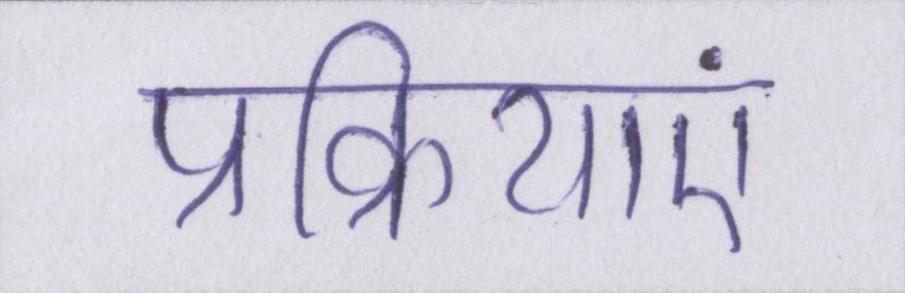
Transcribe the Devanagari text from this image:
प्रक्रियाएं